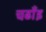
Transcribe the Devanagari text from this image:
चढाँइ